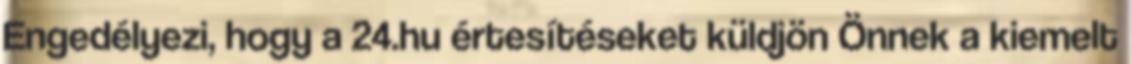
Engedélyezi, hogy a 24.hu értesítéseket küldjön Önnek a kiemelt